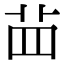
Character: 𦭝